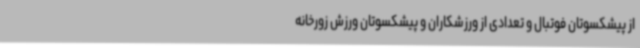
از پیشکسوتان فوتبال و تعدادی از ورزشکاران و پیشکسوتان ورزش زورخانه